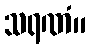
သရဏံ။